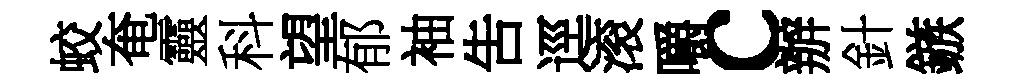
蛟奄靈科望郁袖吿逕滚嚼c辦針鏃